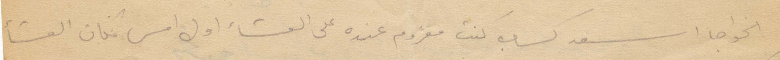
كنت معزوم عنده على العشاء اول امس فكان العشاء